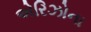
એરિઝોના